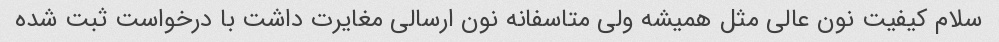
سلام کیفیت نون عالی مثل همیشه ولی متاسفانه نون ارسالی مغایرت داشت با درخواست ثبت شده